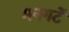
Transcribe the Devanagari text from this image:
मनगटें